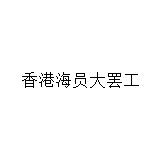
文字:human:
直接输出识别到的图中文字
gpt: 香港海员大罢工